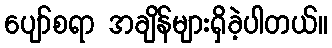
ပျော်စရာ အချိန်များရှိခဲ့ပါတယ်။